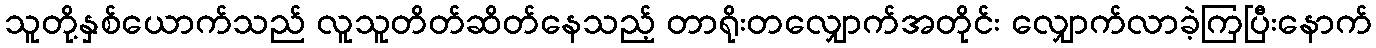
သူတို့နှစ်ယောက်သည် လူသူတိတ်ဆိတ်နေသည့် တာရိုးတလျှောက်အတိုင်း လျှောက်လာခဲ့ကြပြီးနောက်